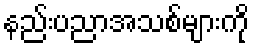
နည်းပညာအသစ်များကို